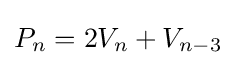
P_{n}=2V_{n}+V_{n-3}